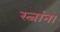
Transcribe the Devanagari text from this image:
रत्नांना